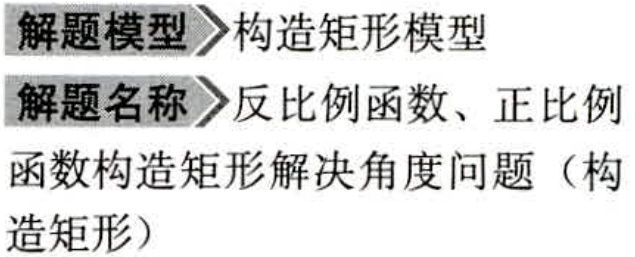
解题模型 \(\rhd\) 构造矩形模型
解题名称 \(\rhd\) 反比例函数、正比例
函数构造矩形解决角度问题（构造矩形）